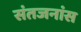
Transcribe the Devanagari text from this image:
संतजनांस